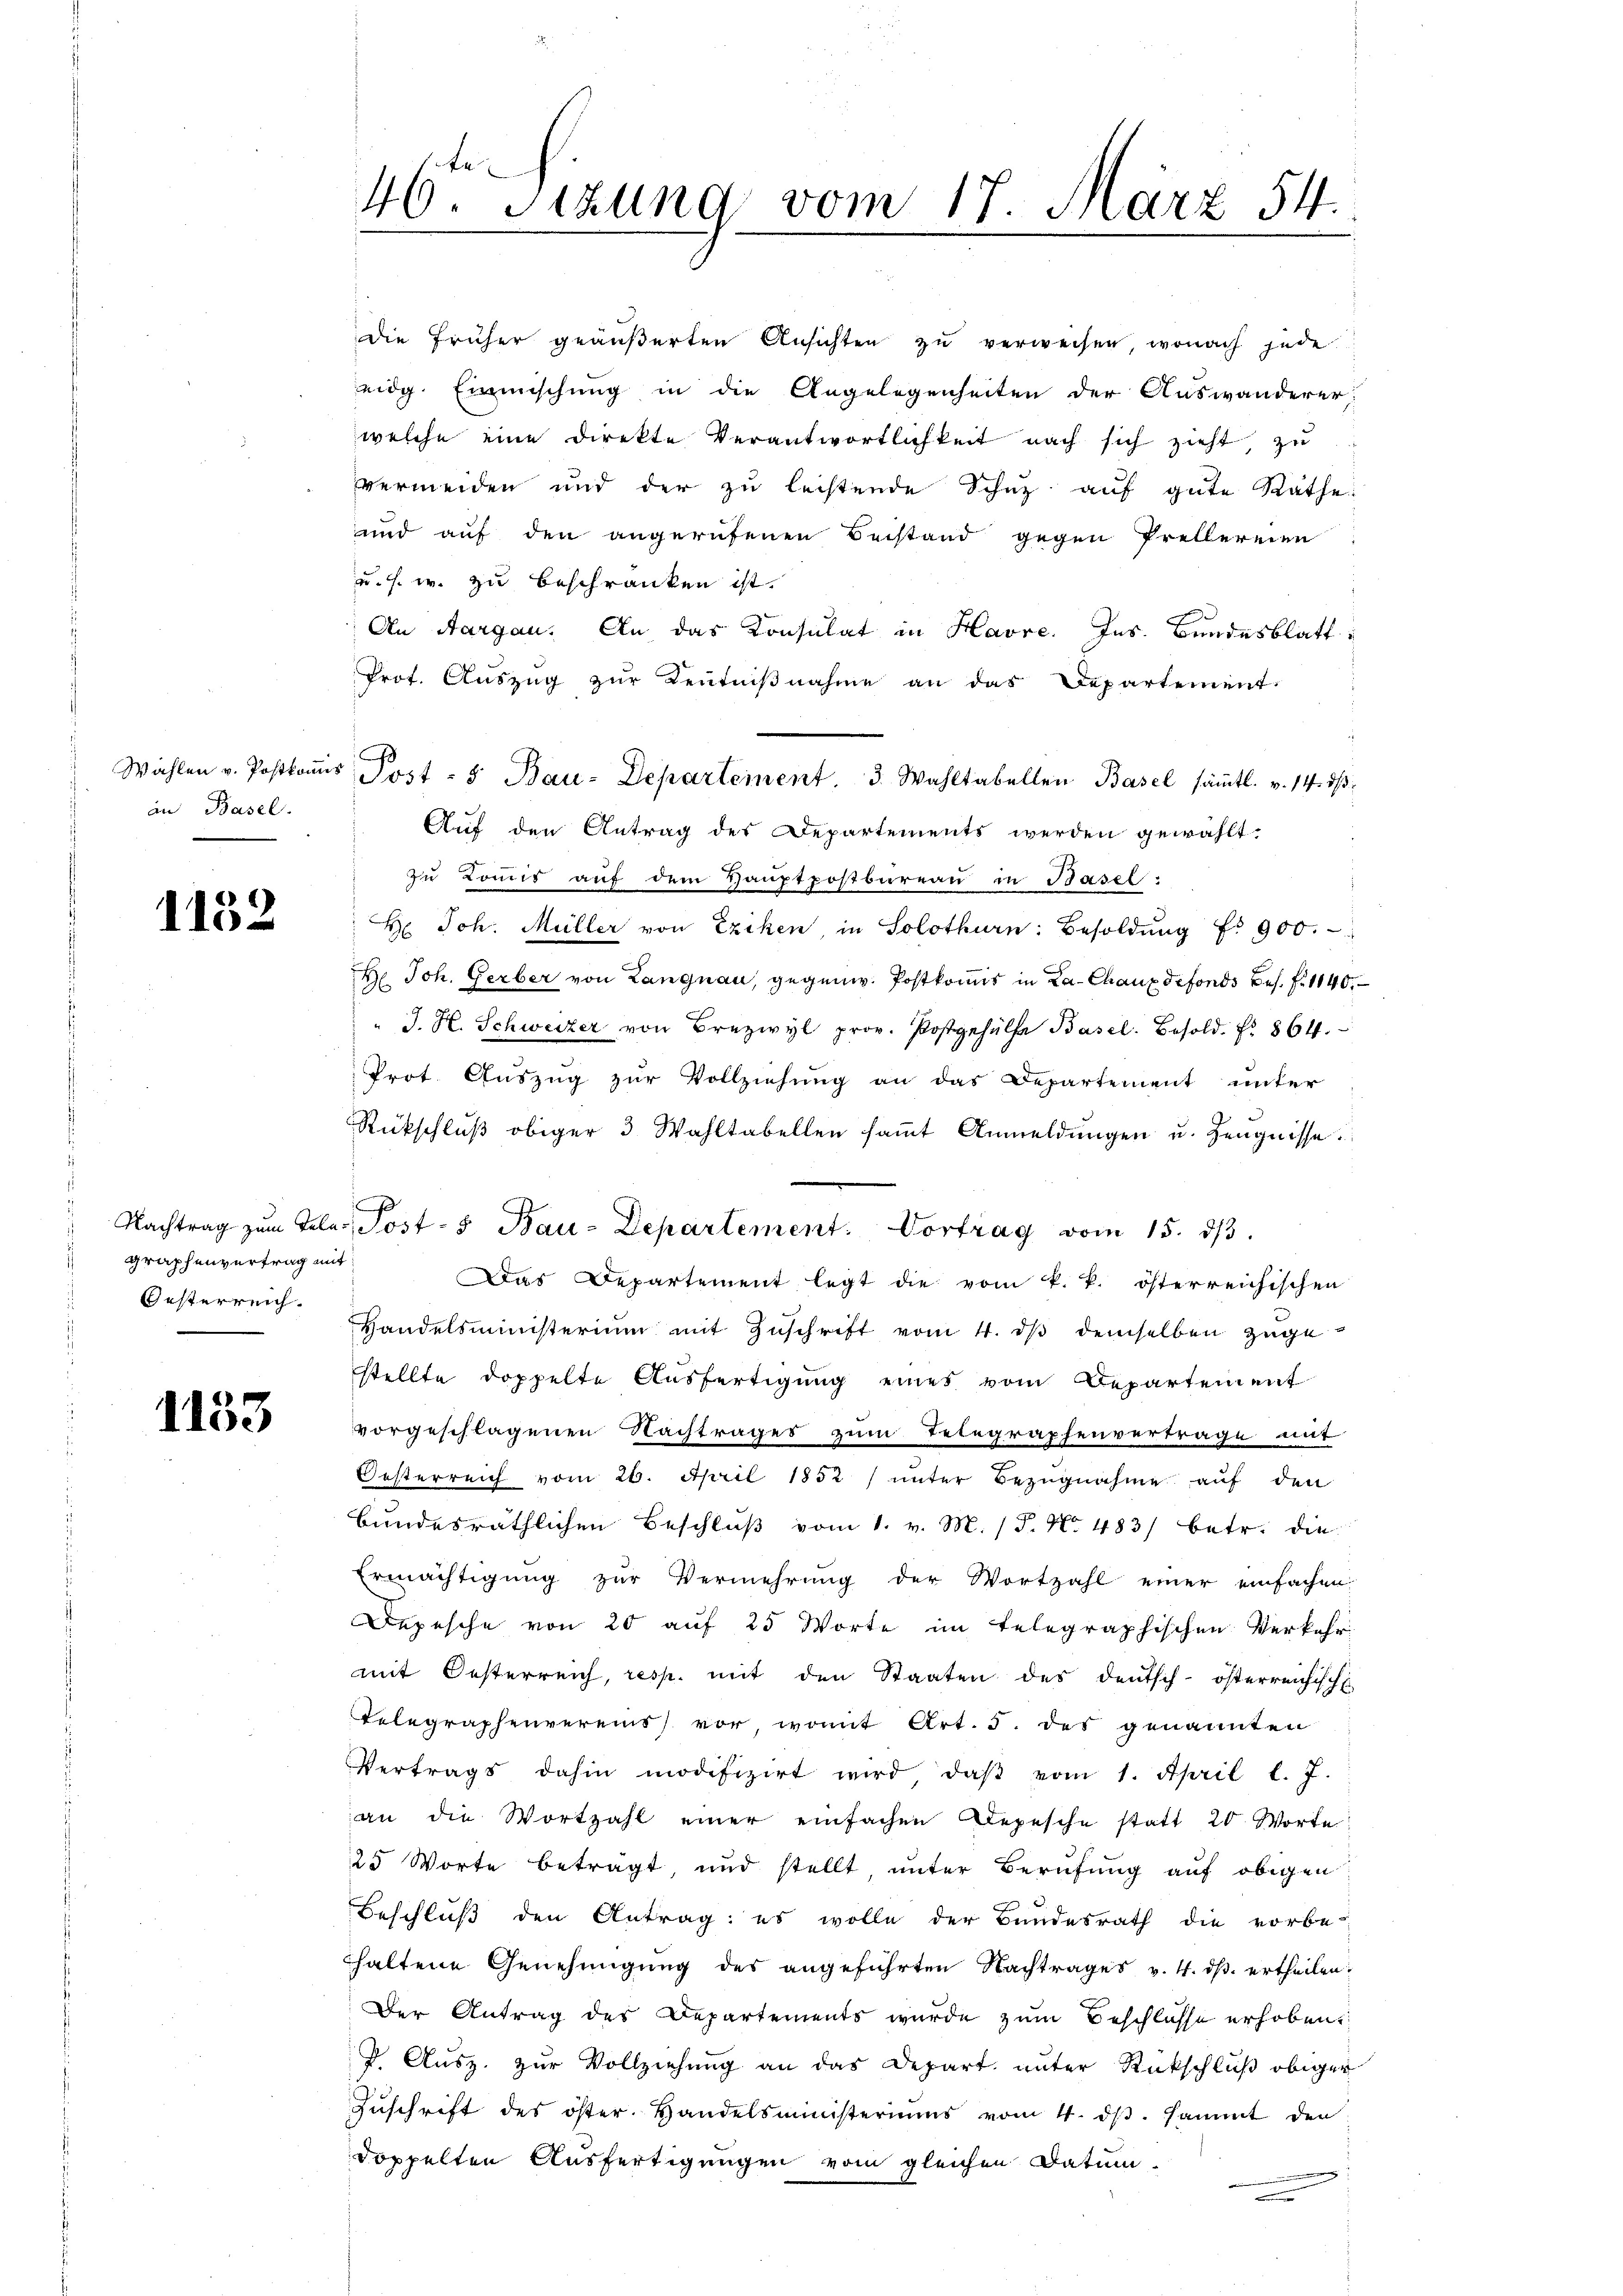
an Basel.

1152

graphenvertrag mit
Oesterreich.

1153

die früher geäußerten Ansichten zu verweisen, wonach jede
eidg. Einmischung in die Angelegenheiten der Auswanderer,
welche eine direkte Verantwortlichkeit nach sich zieht, zŭ
vermeiden und der zŭ leistende Schŭz aŭf gute Räthe:
und auf den angerufenen Beistand gegen Prellereien
u. s. w. zu beschränken ist.
An Aargau. An das Konsulat in Havre. Ins. Bundesblatt
Prot. Auszug zur Kenntnißnahme an das Departement.
Auf den Antrag des Departements werden gewählt.
zu Kommis auf dem Hauptpostbureau in Basel:
H. Joh. Müller von Exiken, in Solothurn. Besoldŭng f. 900.
H. Joh. Gerber von Langnau, gegenw. Postkomis in La-Chaux defonds bes. f. 1140.
J. H. Schweizer von Brezwyl prov. Postgehülfe Basel. Besold. fr. 864.
Prot. Aŭszŭg zŭr Vollziehŭng an das Departement unter
Rückschlŭβ obiger 3 Wahltabellen saṁt Anmeldŭngen u. Zeugnisse.
Nachtrag zŭm Tele Post- & Bau-Departement. Vortrag vom 15. dβ.
Das Departement legt die vom k. k. österreichischen
Handelsministerium mit Zuschrift vom 4. dβ demselben zugestellte doppelte Ausfertigung eines vom Departement
vorgeschlagenen Nachtrages zum Telegraphenvertrage mit
Oesterreich vom 26. April 1852) unter Bezŭgnahme auf den
Bundesräthlichen Beschlŭβ vom 1. v. M. (T. No 483/ betr. die
Ermächtigung zur Vermehrung der Wortzahl einer einfachen
Depesche von 20 auf 25 Worte im Telegraphischen Verkehr
mit Oesterreich, resp. mit den Staaten des deutsch-österreichische
Telegraphenvereins vor, womit Art. 5. des genannten
Vertrags dahin modifizirt wird, daβ vom 1. April l. 7.
an die Wortzahl einer einfachen Depesche statt 20 Worte
25 Worte beträgt, und stellt, unter Berufung auf obigen
Beschluß den Antrag: es wolle der Bundesrath die vorbe-
haltene Genehmigŭng des angeführten Nachtrages v. 4. dβ. ertheilen.
Der Antrag des Departements wurde zum Beschlosse erhoben
J. Ausz. zur Vollziehung an das Depart unter Rückschluß obiger
Zŭschrift des öster. Handelsministeriums vom 4. dβ. sammt den
doppelten Ausfertigungen vom gleichen Datum
e

46. Sizung vom 17. März 54.

Wählen v. Postkoṁis Post - 5 Bau-Departement. 3. Wahltabellen Basel sämtl. v. 14. dβ.